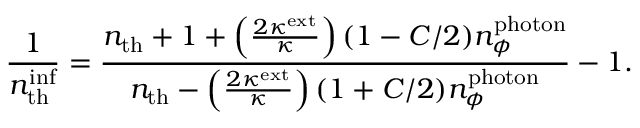
\frac { 1 } { n _ { \mathrm { t h } } ^ { \mathrm { i n f } } } = \frac { n _ { \mathrm { t h } } + 1 + \left( \frac { 2 \kappa ^ { \mathrm { e x t } } } { \kappa } \right) ( 1 - C / 2 ) n _ { \phi } ^ { \mathrm { p h o t o n } } } { n _ { \mathrm { t h } } - \left( \frac { 2 \kappa ^ { \mathrm { e x t } } } { \kappa } \right) ( 1 + C / 2 ) n _ { \phi } ^ { \mathrm { p h o t o n } } } - 1 .